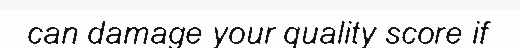
can damage your quality score if